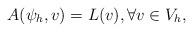
LaTeX: \begin{align*}A(\psi_h, v)=L(v), \forall v \in V_h,\end{align*}